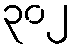
၃၀၂